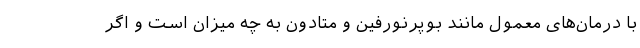
با درمان‌های معمول مانند بوپرنورفین و متادون به چه میزان است و اگر